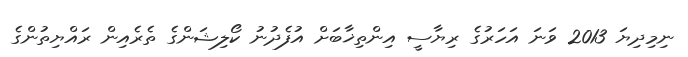
ނިމިދިޔަ 2013 ވަނަ އަހަރުގެ ރިޔާސީ އިންތިޚާބަށް އުފެދުނު ކޯލިޝަންގެ ތެރެއިން ރައްޔިތުންގެ